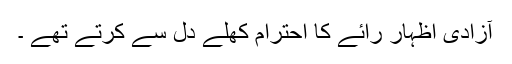
آزادی اظہار رائے کا احترام کھلے دل سے کرتے تھے ۔